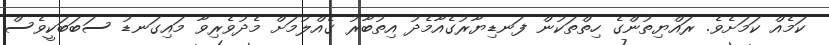
ކަމެއް ކަމަށެވެ. ރައްޔިތުންގެ ހިތްތަކުން ފަނޑިޔާރުގެއާމެދު އިތުބާރު ގެއްލުމަށް މެދުވެރިވާ މައިގަނޑު ސަބަބަކީވެސް